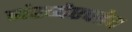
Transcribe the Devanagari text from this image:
संख्येएवढेच